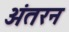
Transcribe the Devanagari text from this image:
अंतरन